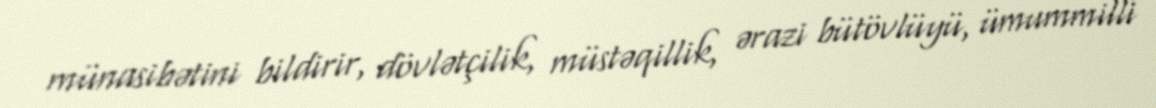
münasibətini bildirir, dövlətçilik, müstəqillik, ərazi bütövlüyü, ümummilli